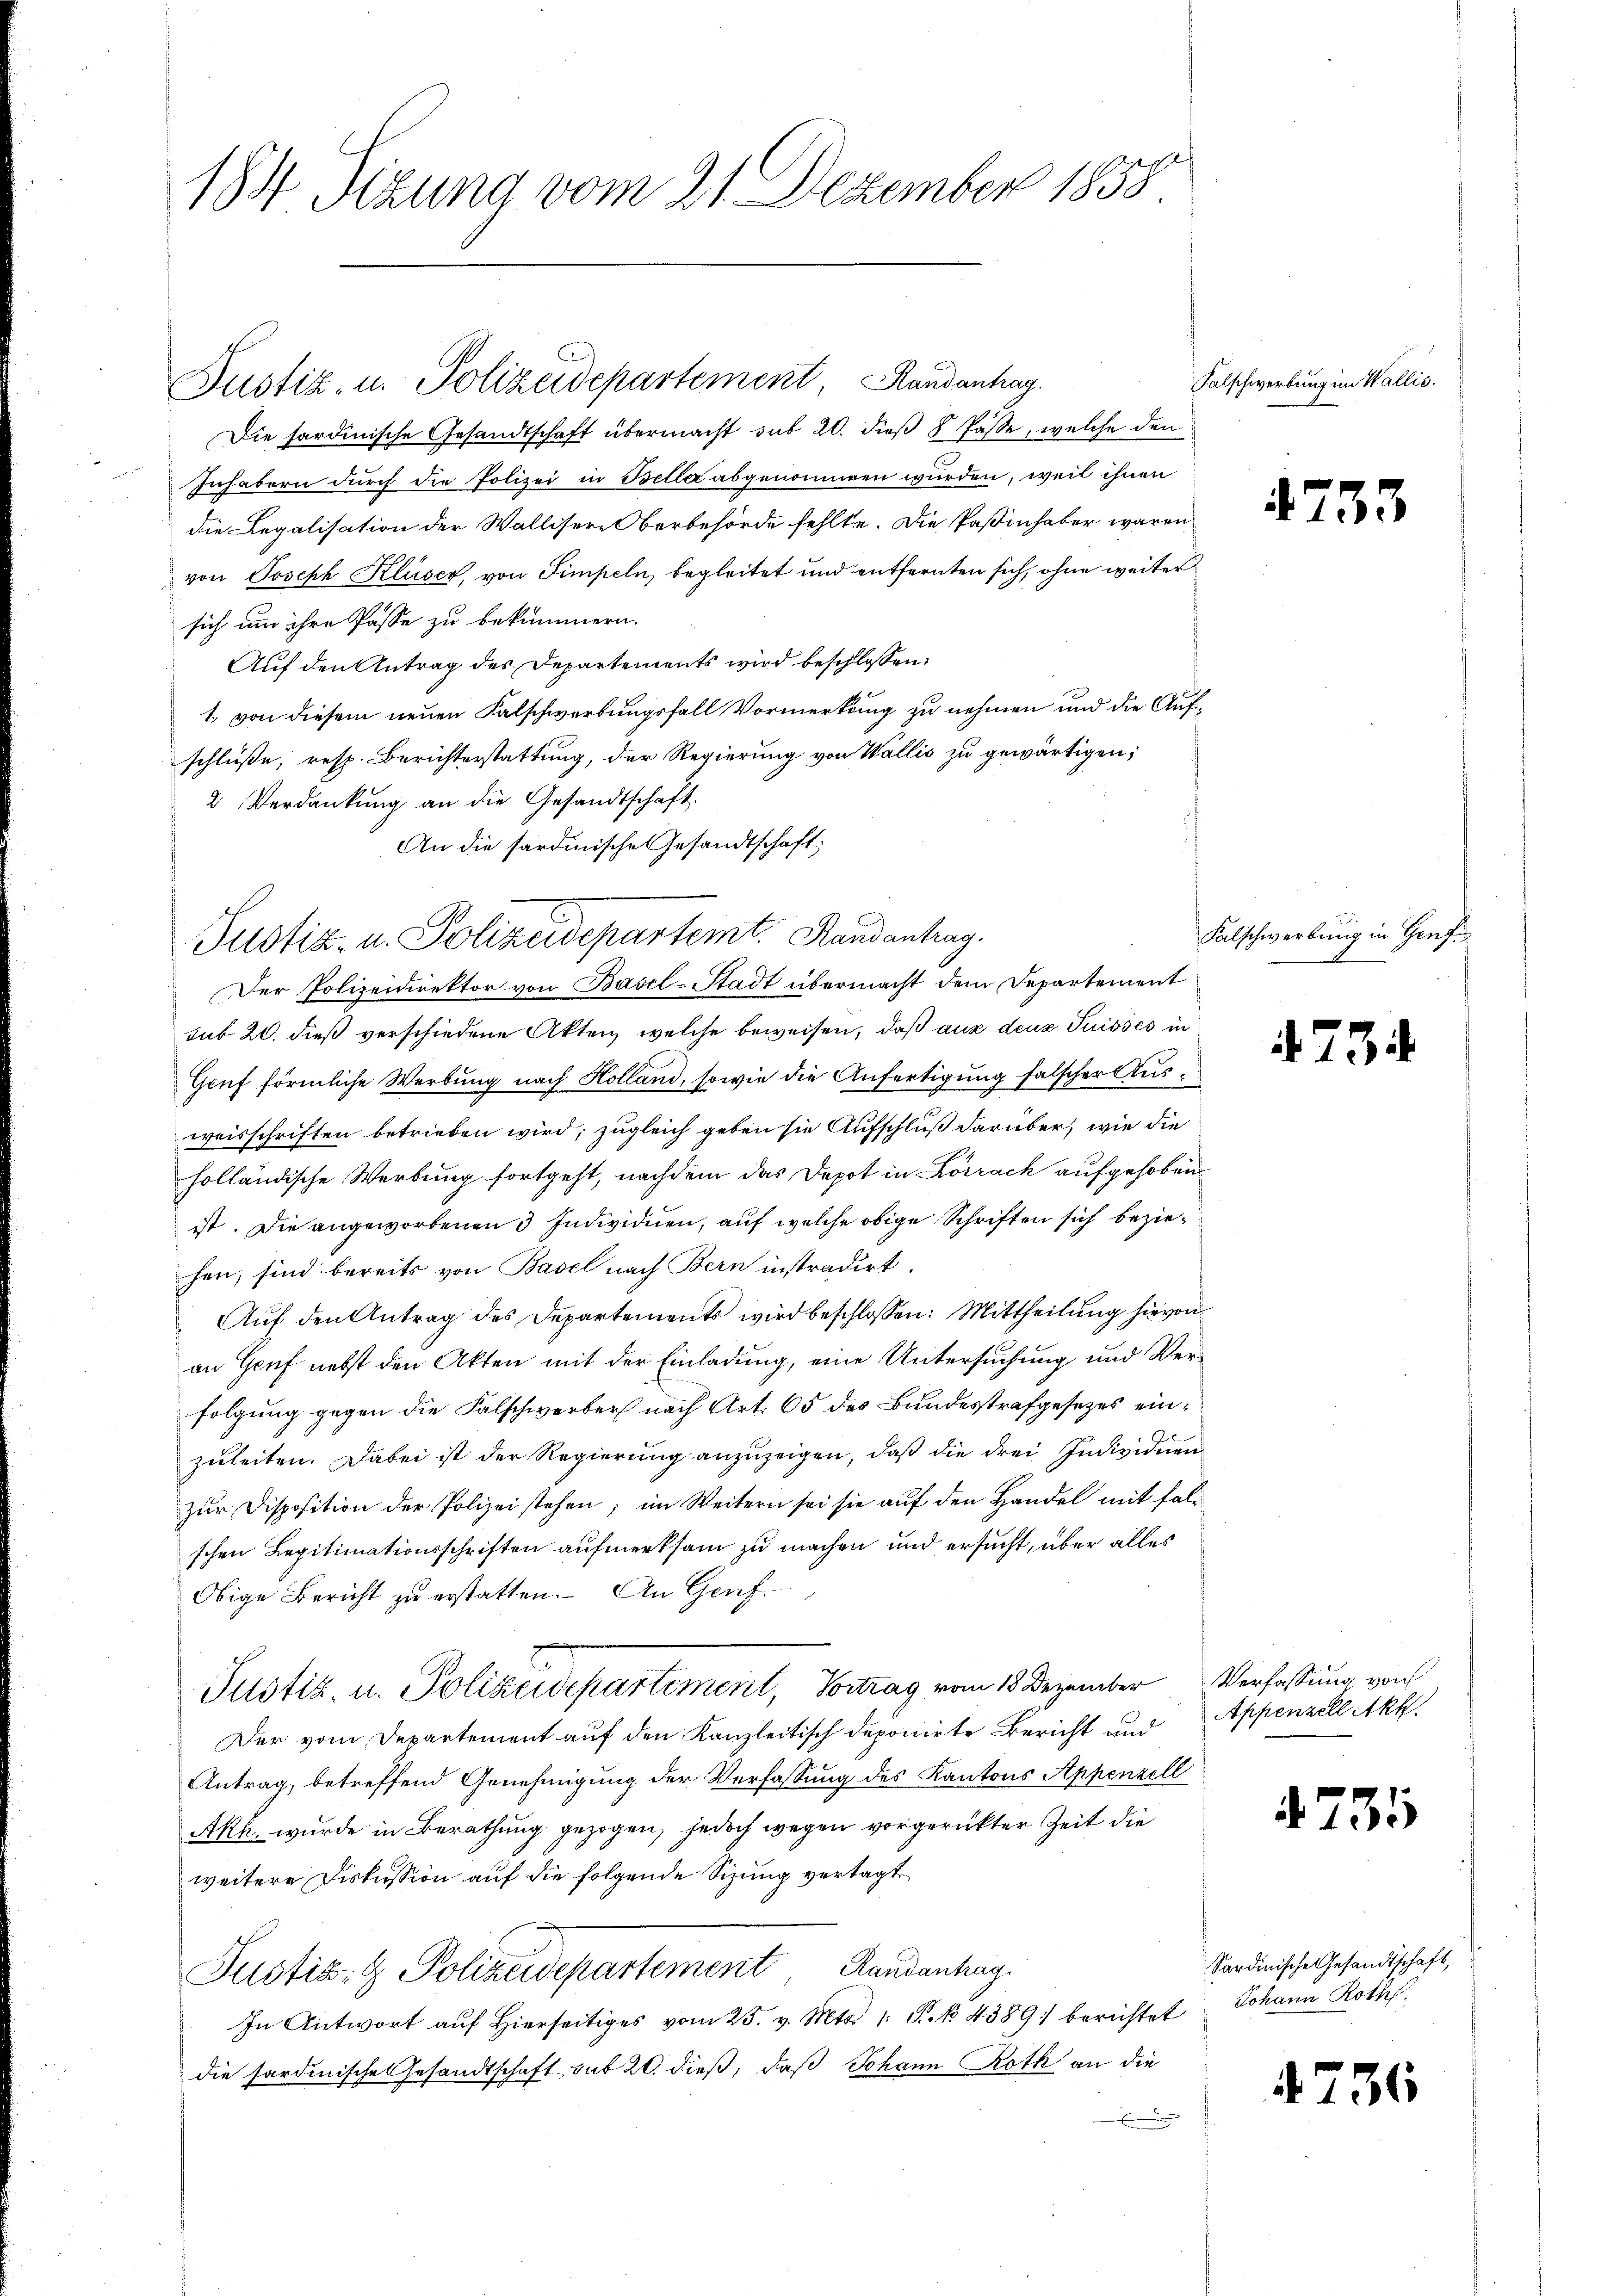
184 Sizung vom 21. Dezember 1858

Die sardinische Gesandtschaft übermacht sub 20. dieß 8 Pässe, welche den
e
Inhabern durch die Polizei in Belle abgenommen wurden, weil ihnen
die Legalisation der Wallisere Berbehörde fehlte. Die Paßinhaber waren,
von Joseph Kluser, von Simpeln, begleitet und entfernten sich, ohne weiter
sich um ihre Pässe zu bekümmern.
Auf den Antrag des Departements wird beschlossen:
1. von diesem neuen Falschwerbungsfall Vormerkung zu nehmen und die Aufschlüße, resp. Berichterstattung, der Regierung von Wallis zu gewärtigen;
2 Verdankung an die Gesandtschaft.
An die sardinische Gesandtschaft:
Der Polizeidirektor von Basel-Stadt übermacht dem Departement
sub 20. dieß verschiedene Akten welche beweisen, daß aus den Suisses in
Genf förmliche Werbung nach Kolland, sowie die Anfertigung falscher Ausweisschriften betrieben wird; zugleich geben sie Aufschluß darüber, wie die
holländische Werbung fortgeht, nachdem das Depot in Korrach aufgehoben
ist. Die angeworbenen 3 Individuen, auf welche obige Schriften sich beziehen, sind bereits von Basel nach Bern instradirt.
Auf den Antrag des Departements wird beschlossen: Mittheilung hievon
an Genf nebst den Akten mit der Einladung, eine Untersuchung und Verfolgung gegen die Falschwerber nach Art. 65 des Bundesstrafgesezes einzŭleiten. Dabei ist der Regierŭng anzŭzeigen, daβ die drei Individuen
zur Disposition der Polizeistehen; im Weitern sei sie auf den Handel mit falschen Legitimationsschriften aufmerksam zu machen und ersucht, über alles
Obige Bericht zu erstatten. An Genf
Justiz, u. Polizeidepartement, Vortrag vom 18 Dezember Verfassung von
Der vom Departement auf den Kanzleitisch deponirte Bericht und Appenzell Akk
Antrag, betreffend Genehmigung der Verfassung des Kantons Appenzell
Akh. wurde in Berathung gezogen, jedoch wegen vorgerückter Zeit die
weitere Diskussion auf die folgende Sizung vertagt
Justiz- & Polizeidepartement Handenhag
In Antwort aŭf hierseitiges vom 25. v. Mts. 1: P. No. 4389) berichtet
die sardinische Gesandtschaft, sub 20. dieß, daß Johann Roth an die
.

Justiz- u. Polizeidepartement Handanhag

Justiz- u. Polizeidepartemt. Handantrag.

Falschwerbung im Wallis.

473

5

Falschwerbung in Genf

473

4735

Sardinische Gesandtschaft,
Johann Rothf

4736